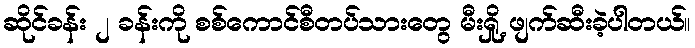
ဆိုင်ခန်း ၂ ခန်းကို စစ်ကောင်စီတပ်သားတွေ မီးရှို့ ဖျက်ဆီးခဲ့ပါတယ်။